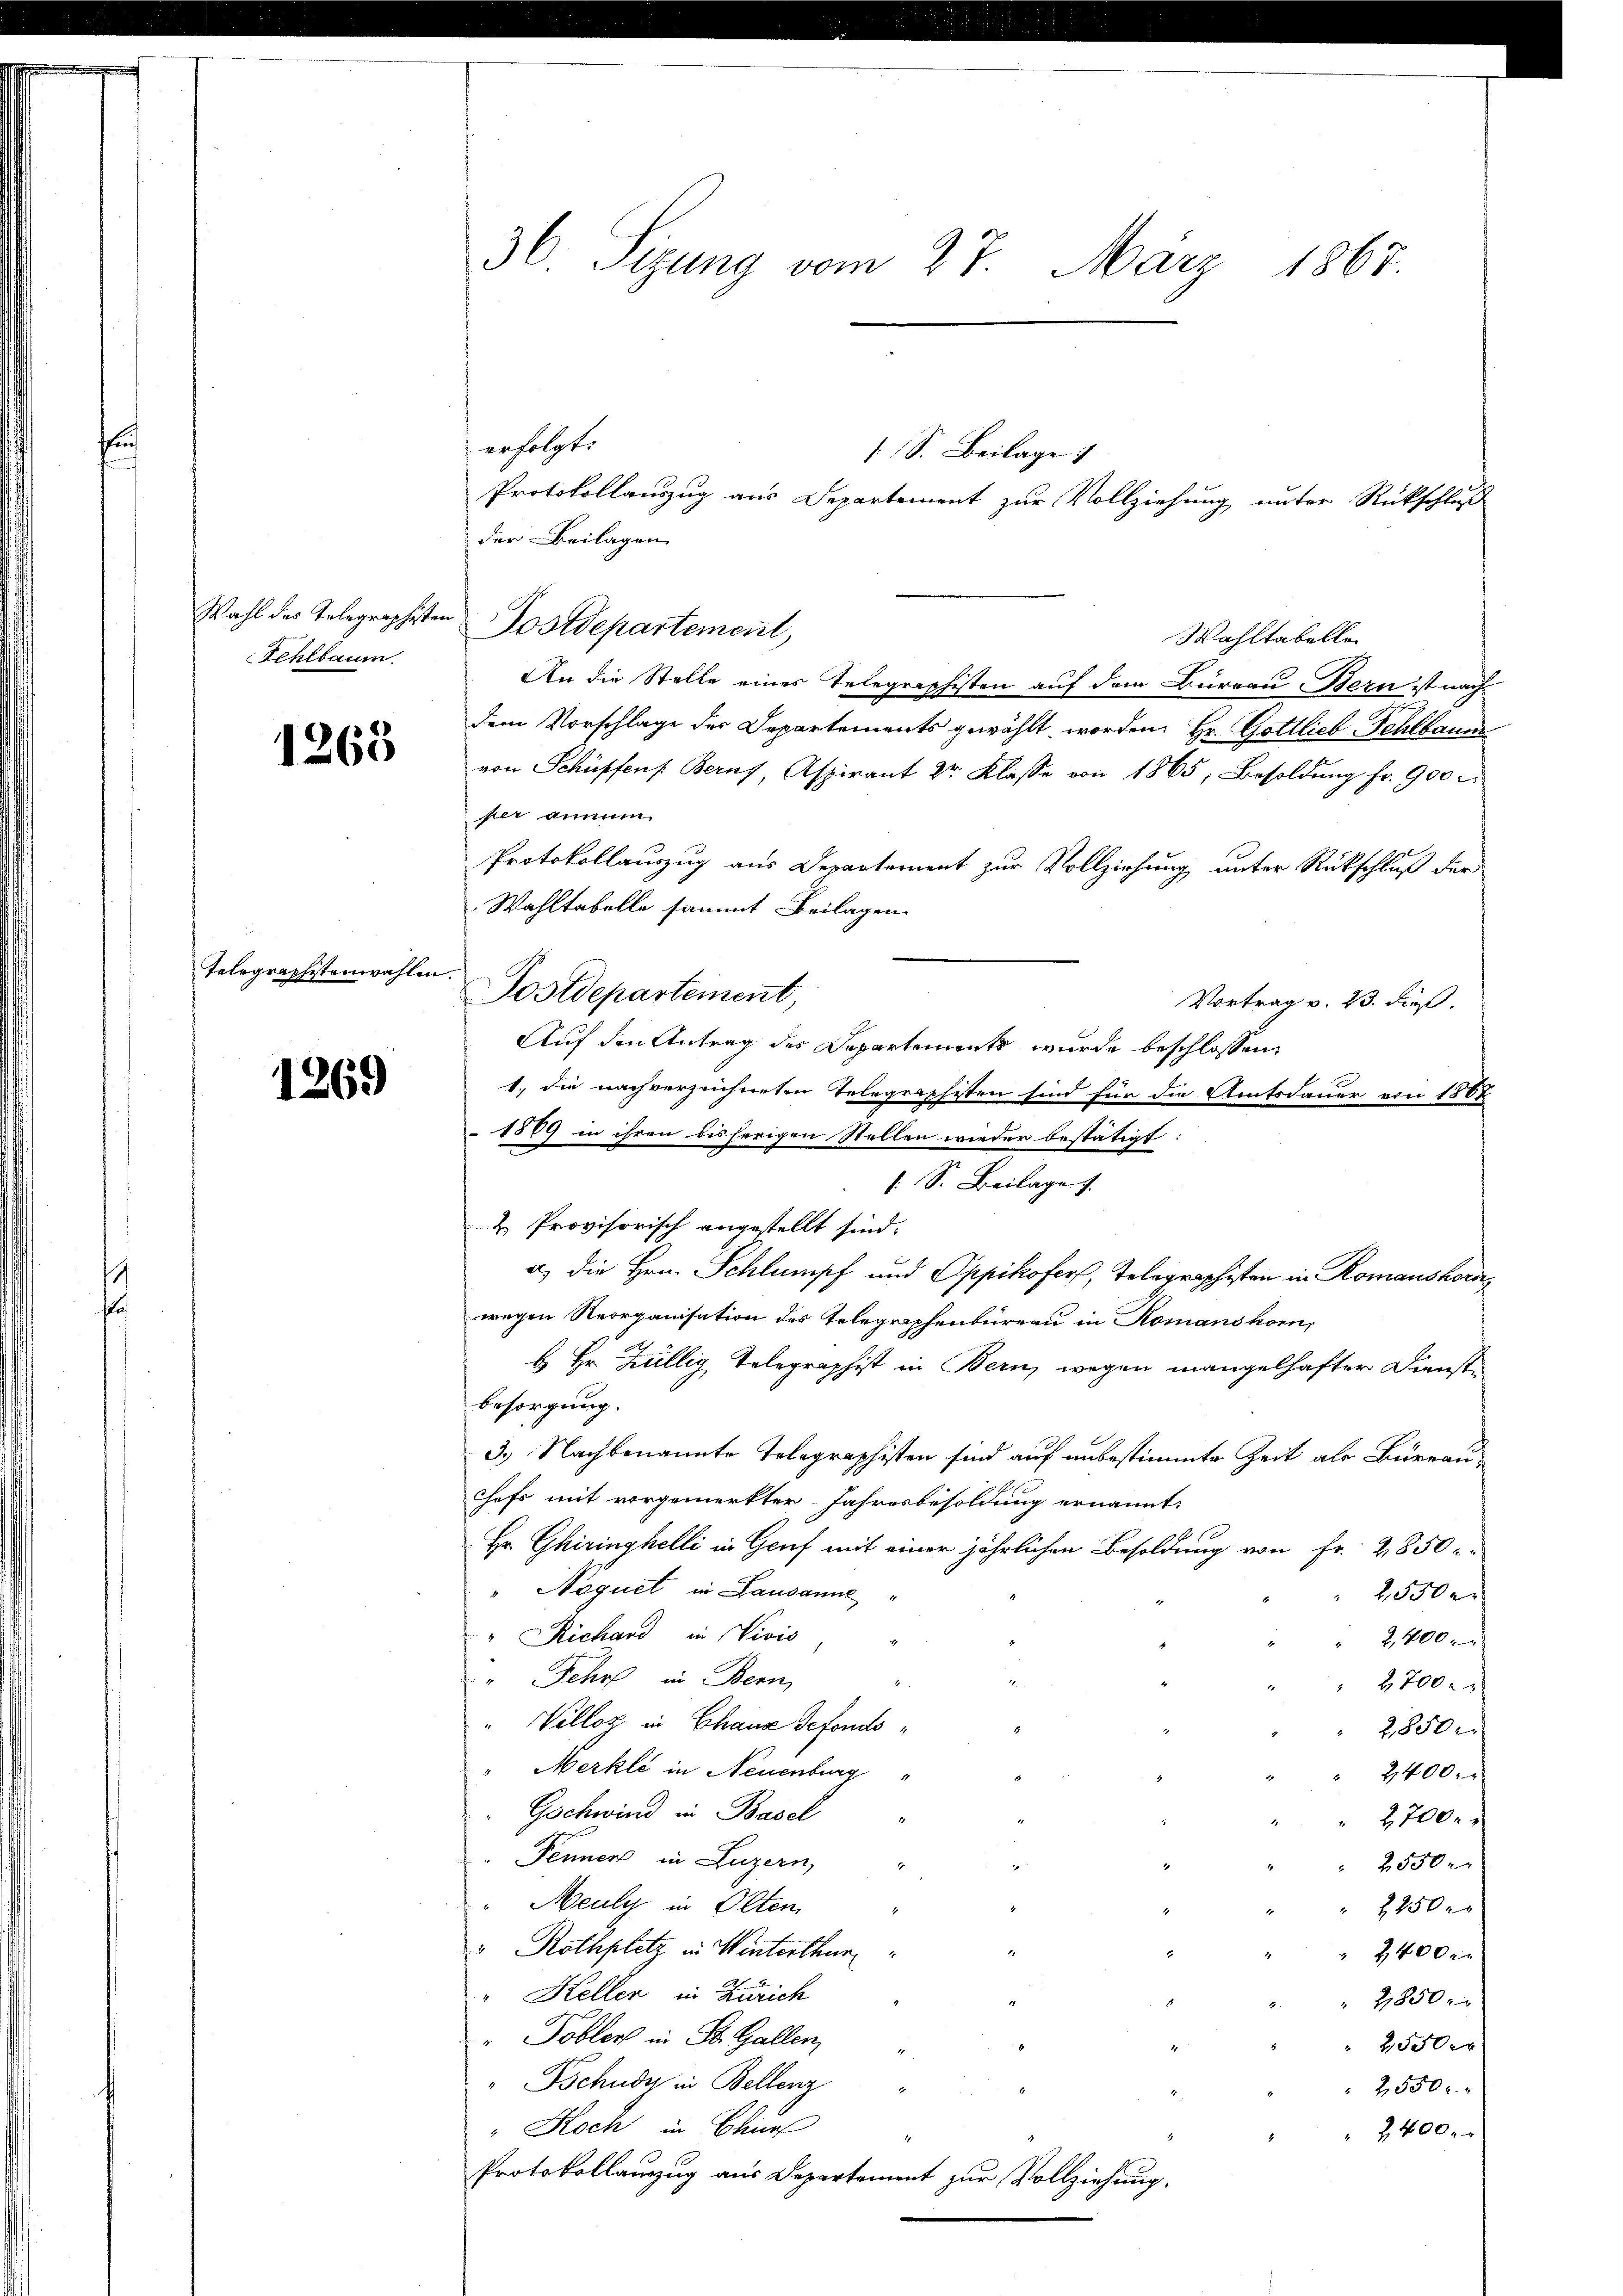
Fehlbaum

1268

Telegraphstenwahlen.

1269

36 Sizung vom 27. März 1867.

erfolgt:
s. S. Beilage 1
Protokollauszug aus Departement zur Vollziehung unter Rückschluß
der Beilagen
Wahl des Gelegraphisten Postdepartement,
Wahltabelle
An die Stelle eines Telegraphisten auf dem Bureau Bern ist nach
dem Vorschlage der Departements gewählt worden. Hr. Gottlieb-Fehlbauer
von Schüpfens Berns, Aspirant Dr. Klasse von 1865, Besoldung fr. 900
hier annum
Protokollauszug aus Departement zur Vollziehung unter Rückschluß der
Wahltabelle sammt Beilagen.
Postdepartement,
Vortrag v. 23. dieß.
Auf den Antrag des Departements wurde beschlossen,
1., die nachverzeichneten Telegraphisten sind für die Amtsdauer von 1867
1889 in ihren bisherigen Stellen wieder bestätigt:
: S. Beilage
a) die Hrn. Schlumpf und Oppikofers, Telegraphisten in Romanshorn
wegen Reorganisation des Telegraphenbureau in Romanshorn,
b Hr. Hüllig Telegraphist in Bern, wegen mangelhafter Dienste
besorgung.
3.) Nachbenannte Telegraphisten sind auf unbestimmte Zeit als Büreau-
Chefs mit vorgemerkter Jahresbesoldung ernannt.
Hr Ghiringhelli in Genf mit einer jährlichen Besoldung von Fr. 2850-
"Noquet, in Lausanne
2,550 r.
"Richard in Vivis
2,400 x
"Fehr in Bern
d
2700 x
Velloz in Chaus defonds¬
2850
" Merkli in Neuenburg
2400.
Gschwind in Basel
2,700.
Penner in Luzern,
2550
Meuler in Olten
2250
1
Rothplatz in Winterthur
2400 x
x
" Keller in Zürich
2,850
" Tobler in St. Gallen,
2550 x
Tschudi in Bellenz
2,550 r.
Hoch in Blin
2,400 x
1
Protokollauszug aus Departement zur Vollziehung.

& Provisorisch angestellt sind.